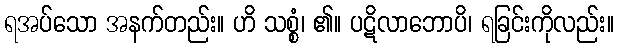
ရအပ်သော အနက်တည်း။ ဟိ သစ္စံ၊ ၏။ ပဋိလာဘောပိ၊ ရခြင်းကိုလည်း။